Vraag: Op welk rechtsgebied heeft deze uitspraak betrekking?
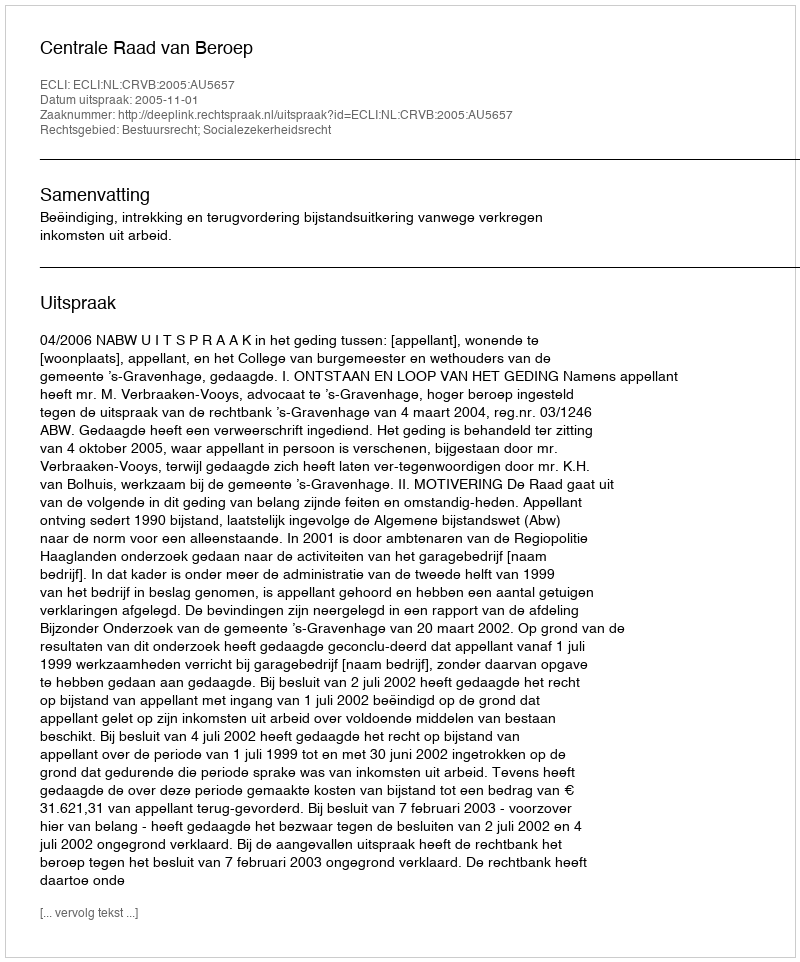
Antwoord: Bestuursrecht; Socialezekerheidsrecht